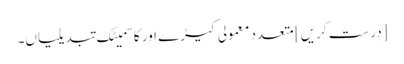
[درست کریں] متعدد معمولی کیڑے اور کاسمیٹک تبدیلیاں۔